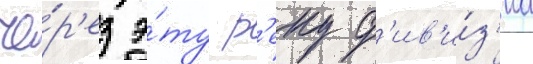
че́р'ез э́ту р'еку д'ив'и́з'иа